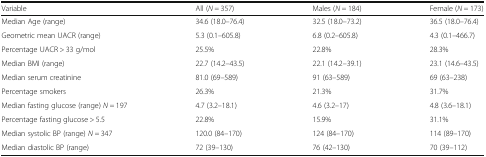
| Variable | All (N = 357) | Males (N = 184) | Female (N = 173) |
 | --- | --- | --- | --- |
 | Median Age (range) | 34.6 (18.0–76.4) | 32.5 (18.0–73.2) | 36.5 (18.0–76.4) |
 | Geometric mean UACR (range) | 5.3 (0.1–605.8) | 6.8 (0.2–605.8) | 4.3 (0.1–466.7) |
 | Percentage UACR > 33 g/mol | 25.5% | 22.8% | 28.3% |
 | Median BMI (range) | 22.7 (14.2–43.5) | 22.1 (14.2–39.1) | 23.1 (14.6–43.5) |
 | Median serum creatinine | 81.0 (69–589) | 91 (63–589) | 69 (63–238) |
 | Percentage smokers | 26.3% | 21.3% | 31.7% |
 | Median fasting glucose (range) N = 197 | 4.7 (3.2–18.1) | 4.6 (3.2–17) | 4.8 (3.6–18.1) |
 | Percentage fasting glucose > 5.5 | 22.8% | 15.9% | 31.1% |
 | Median systolic BP (range) N = 347 | 120.0 (84–170) | 124 (84–170) | 114 (89–170) |
 | Median diastolic BP (range) | 72 (39–130) | 76 (42–130) | 70 (39–112) |